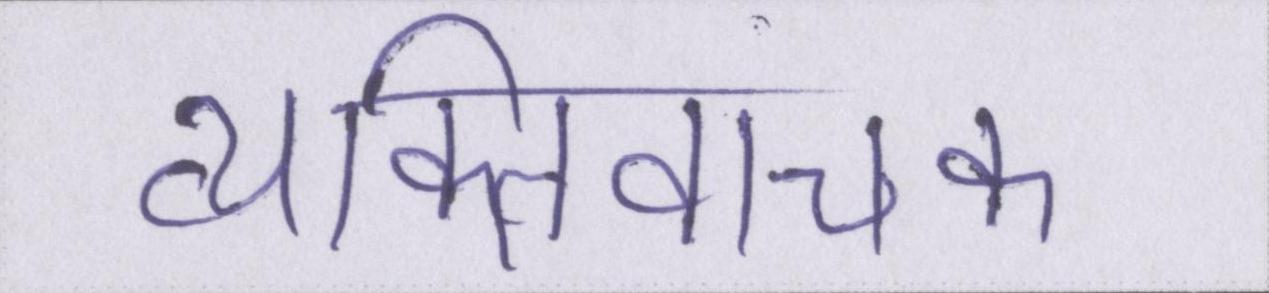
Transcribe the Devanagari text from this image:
व्यक्तिवाचक